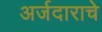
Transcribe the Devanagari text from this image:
अर्जदाराचे